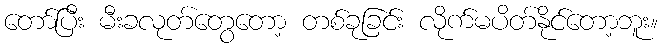
တော်ပြီး မီးခလုတ်တွေတော့ တစ်ခုခြင်း လိုက်မပိတ်နိုင်တော့ဘူး။